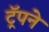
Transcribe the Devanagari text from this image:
ट्रॅपने